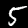
Digit: 5